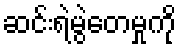
ဆင်းရဲမွဲတေမှုကို